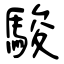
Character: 駿